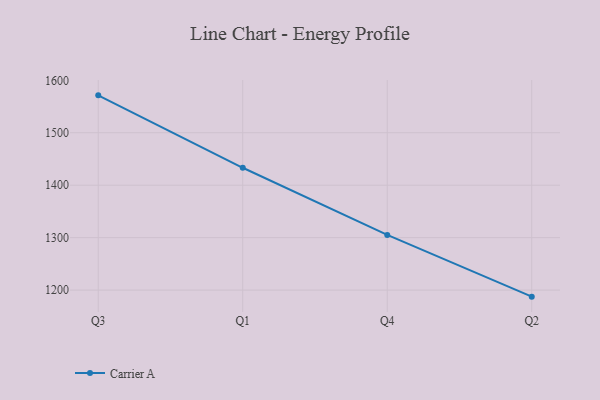
{"axis": {"x": "Quarter", "y": "Active Users"}, "legend": ["Carrier A"], "data": [{"x": "Q3", "y": 1571.3, "type": "Carrier A"}, {"x": "Q1", "y": 1433.2, "type": "Carrier A"}, {"x": "Q4", "y": 1305.2, "type": "Carrier A"}, {"x": "Q2", "y": 1187.5, "type": "Carrier A"}]}